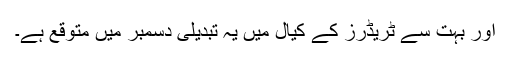
اور بہت سے ٹریڈرز کے کیال میں یہ تبدیلی دسمبر میں متوقع ہے۔